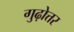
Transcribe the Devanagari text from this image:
गुढ़ोत्तर